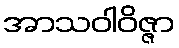
အာသဝါဝိဇ္ဇာ